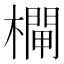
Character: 𣜊